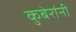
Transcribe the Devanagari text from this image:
कुबेरांनी